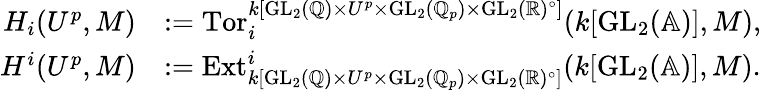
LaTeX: \begin{array}{rl}{H_{i}(U^{p},M)}&{:=\mathrm{Tor}_{i}^{k[\mathrm{GL}_{2}(\mathbb{Q})\times U^{p}\times\mathrm{GL}_{2}(\mathbb{Q}_{p})\times\mathrm{GL}_{2}(\mathbb{R})^{\circ}]}(k[\mathrm{GL}_{2}(\mathbb{A})],M),}\\ {H^{i}(U^{p},M)}&{:=\mathrm{Ext}_{k[\mathrm{GL}_{2}(\mathbb{Q})\times U^{p}\times\mathrm{GL}_{2}(\mathbb{Q}_{p})\times\mathrm{GL}_{2}(\mathbb{R})^{\circ}]}^{i}(k[\mathrm{GL}_{2}(\mathbb{A})],M).}\end{array}